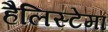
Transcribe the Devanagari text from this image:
हैलिस्टेमा